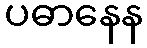
ပဓာနေန